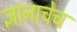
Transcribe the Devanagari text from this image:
ज्ञानाचेच